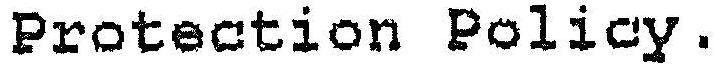
PROTECTION POLICY.